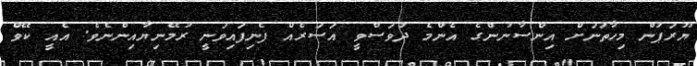
ޔޫރަޕުން މިހާތަނަށް އިންސާނުންގެ އެންމެ ދުވަސްވީ އަސަރެއް ފެނިފައިވަނީ ރުމޭނިޔާއިންނެވެ. އެއީ ކޭވް